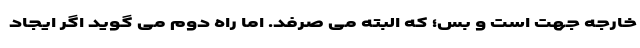
خارجه جهت است و بس؛ که البته می صرفد. اما راه دوم می گوید اگر ایجاد